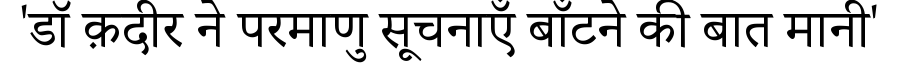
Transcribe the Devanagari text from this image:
'डॉ क़दीर ने परमाणु सूचनाएँ बाँटने की बात मानी'